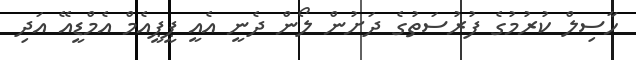
ހާސިލް ކުރުމުގެ ފުރުސަތުގެ ދަށުން ލޯން ދެނީ އެއީ ޕީޕީއެމް އެމްޑީއޭ އަދި